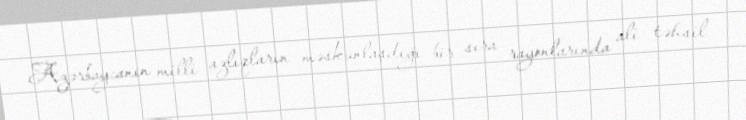
Azərbaycanın milli azlıqların məskunlaşdığı bir sıra rayonlarında ali təhsil